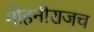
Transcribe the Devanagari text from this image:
मोहनीराजच